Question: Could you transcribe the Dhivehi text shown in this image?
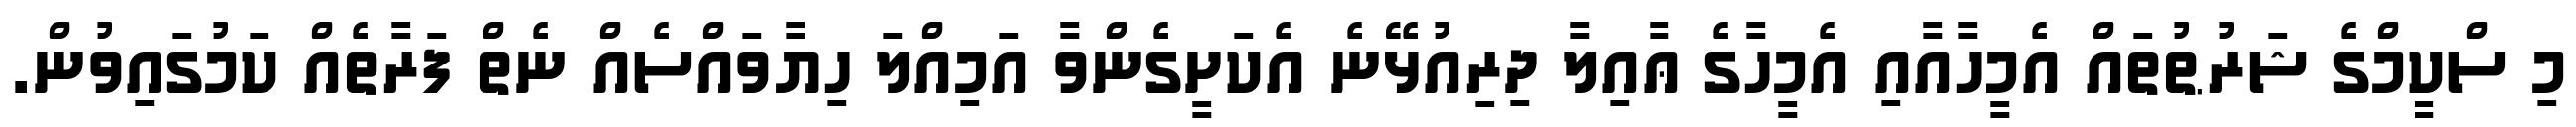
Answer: މި ސްކީމްގެ ޝަރުޠުތައް އެމީހާއާއި އެމީހާގެ ޢާއިލާ ދިރިއުޅޭނެ އެކަށީގެންވާ އަމިއްލަ ހިޔާވައްސެއް ނެތް ފަރާތެއް ކަމުގައިވުން.